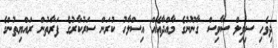
ދިވެހި ސިވިލް ސާވިސް ގާނޫނުގެ މާއްދާއެއް އިސްލާހު ކުރަން ސަރުކާރުގެ ފަރާތުން ރައްޔިތުންގެ